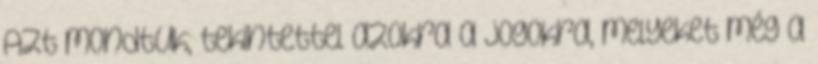
Azt mondtuk, tekintettel azokra a jogokra, melyeket még a